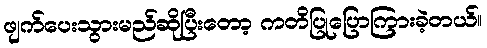
ဖျက်ပေးသွားမည်ဆိုပြီးတော့ ကတိပြုပြောကြားခဲ့တယ်။